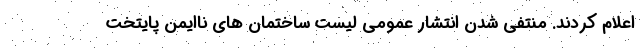
اعلام کردند. منتفی شدن انتشار عمومی لیست ساختمان های ناایمن پایتخت